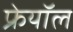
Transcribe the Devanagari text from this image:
फ्रेयॉल